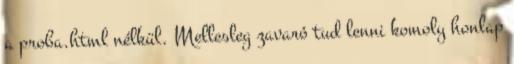
a proba.html nélkül. Mellesleg zavaró tud lenni komoly honlap